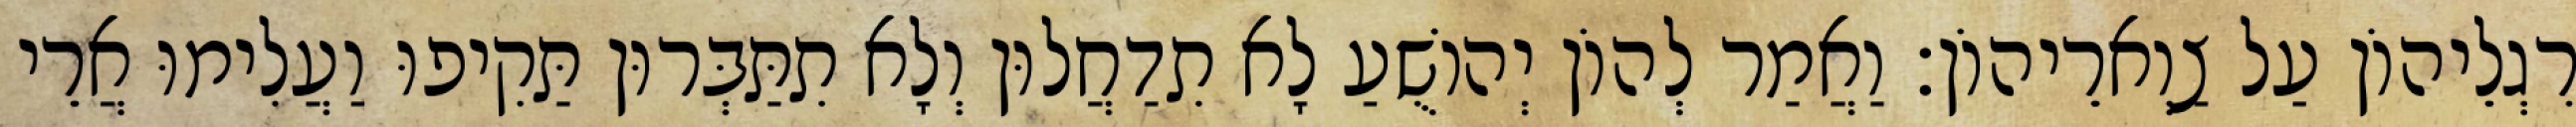
רִגְלֵיהוֹן עַל צַוְארֵיהוֹן׃ וַאֲמַר לְהוֹן יְהוֹשֻׁעַ לָא תִדַחֲלוּן וְלָא תִתַּבְּרוּן תַּקִיפוּ וַעֲלִימוּ אֲרֵי